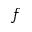
f